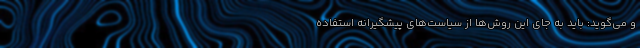
و می‌گوید: باید به‌ جای این روش‌ها از سیاست‌های پیشگیرانه استفاده